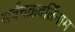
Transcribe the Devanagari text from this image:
सर्वचक्रवर्तिनाम